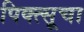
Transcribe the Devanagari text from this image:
पिक्त्सूचा